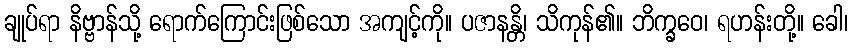
ချုပ်ရာ နိဗ္ဗာန်သို့ ရောက်ကြောင်းဖြစ်သော အကျင့်ကို။ ပဇာနန္တိ၊ သိကုန်၏။ ဘိက္ခဝေ၊ ရဟန်းတို့။ ခေါ၊